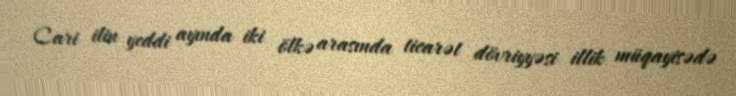
Cari ilin yeddi ayında iki ölkə arasında ticarət dövriyyəsi illik müqayisədə